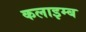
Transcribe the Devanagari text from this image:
कलाइम्ब